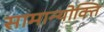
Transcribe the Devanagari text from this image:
सामान्योक्ति